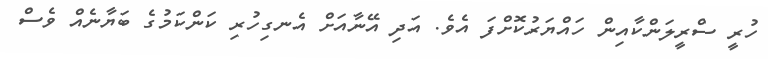
ހުރީ ސްރީލަންކާއިން ހައްޔަރުކޮށްފަ އެވެ. އަދި އޭނާއަށް އެނގިހުރި ކަންކަމުގެ ބަޔާނެއް ވެސް